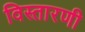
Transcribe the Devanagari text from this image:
विस्तारणी